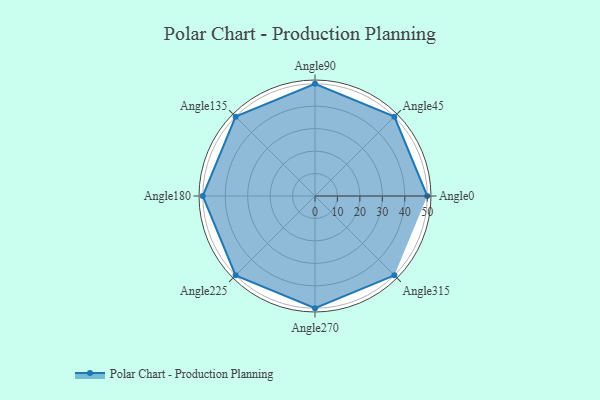
{"axis": {"x": "Angle", "y": "Radius"}, "legend": [""], "data": [{"x": "Angle0", "y": 50, "type": ""}, {"x": "Angle45", "y": 50, "type": ""}, {"x": "Angle90", "y": 50, "type": ""}, {"x": "Angle135", "y": 50, "type": ""}, {"x": "Angle180", "y": 50, "type": ""}, {"x": "Angle225", "y": 50, "type": ""}, {"x": "Angle270", "y": 50, "type": ""}, {"x": "Angle315", "y": 50, "type": ""}]}